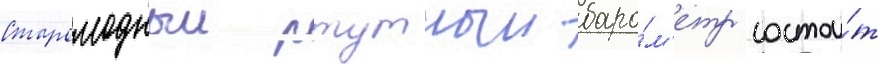
Старомодныи ртутныи баро́м'етр состои́т